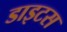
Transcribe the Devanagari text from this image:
डाइटस